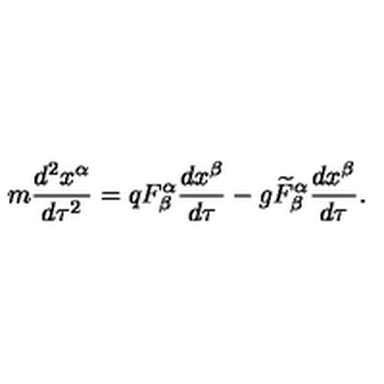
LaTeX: m \frac { d ^ { 2 } x ^ { \alpha } } { d \tau ^ { 2 } } = q F _ { \beta } ^ { \alpha } \frac { d x ^ { \beta } } { d \tau } - g \widetilde { F } _ { \beta } ^ { \alpha } \frac { d x ^ { \beta } } { d \tau } .